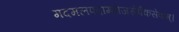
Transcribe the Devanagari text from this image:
मदमलपदाम्भोजसेवैकसेवाम्।